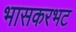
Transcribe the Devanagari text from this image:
भासकरभट